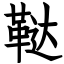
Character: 鞑